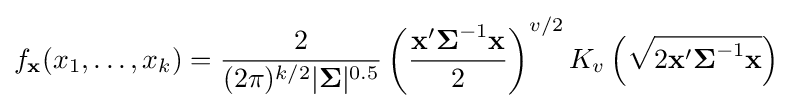
f_{\mathbf {x} }(x_{1},\ldots ,x_{k})={\frac {2}{(2\pi )^{k/2}|{\boldsymbol {\Sigma }}|^{0.5}}}\left({\frac {\mathbf {x} '{\boldsymbol {\Sigma }}^{-1}\mathbf {x} }{2}}\right)^{v/2}K_{v}\left({\sqrt {2\mathbf {x} '{\boldsymbol {\Sigma }}^{-1}\mathbf {x} }}\right)